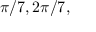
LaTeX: \pi / 7 , 2 \pi / 7 ,